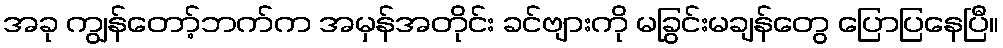
အခု ကျွန်တော့်ဘက်က အမှန်အတိုင်း ခင်ဗျားကို မခြွင်းမချန်တွေ ပြောပြနေပြီ။